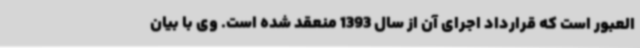
العبور است که قرارداد اجرای آن از سال 1393 منعقد شده است. وی با بیان